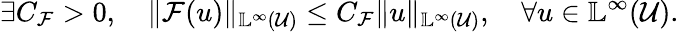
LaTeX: \exists C_{\mathcal{F}}>0,\quad\Vert\mathcal{F}(u)\Vert_{\mathbb{L}^{\infty}(\mathcal{U})}\leq C_{\mathcal{F}}\Vert u\Vert_{\mathbb{L}^{\infty}(\mathcal{U})},\quad\forall u\in\mathbb{L}^{\infty}(\mathcal{U}).